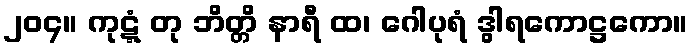
၂၀၄။ ကုဋ္ဋံ တု ဘိတ္တိ နာရီ ထ၊ ဂေါပုရံ ဒွါရကောဋ္ဌကော။